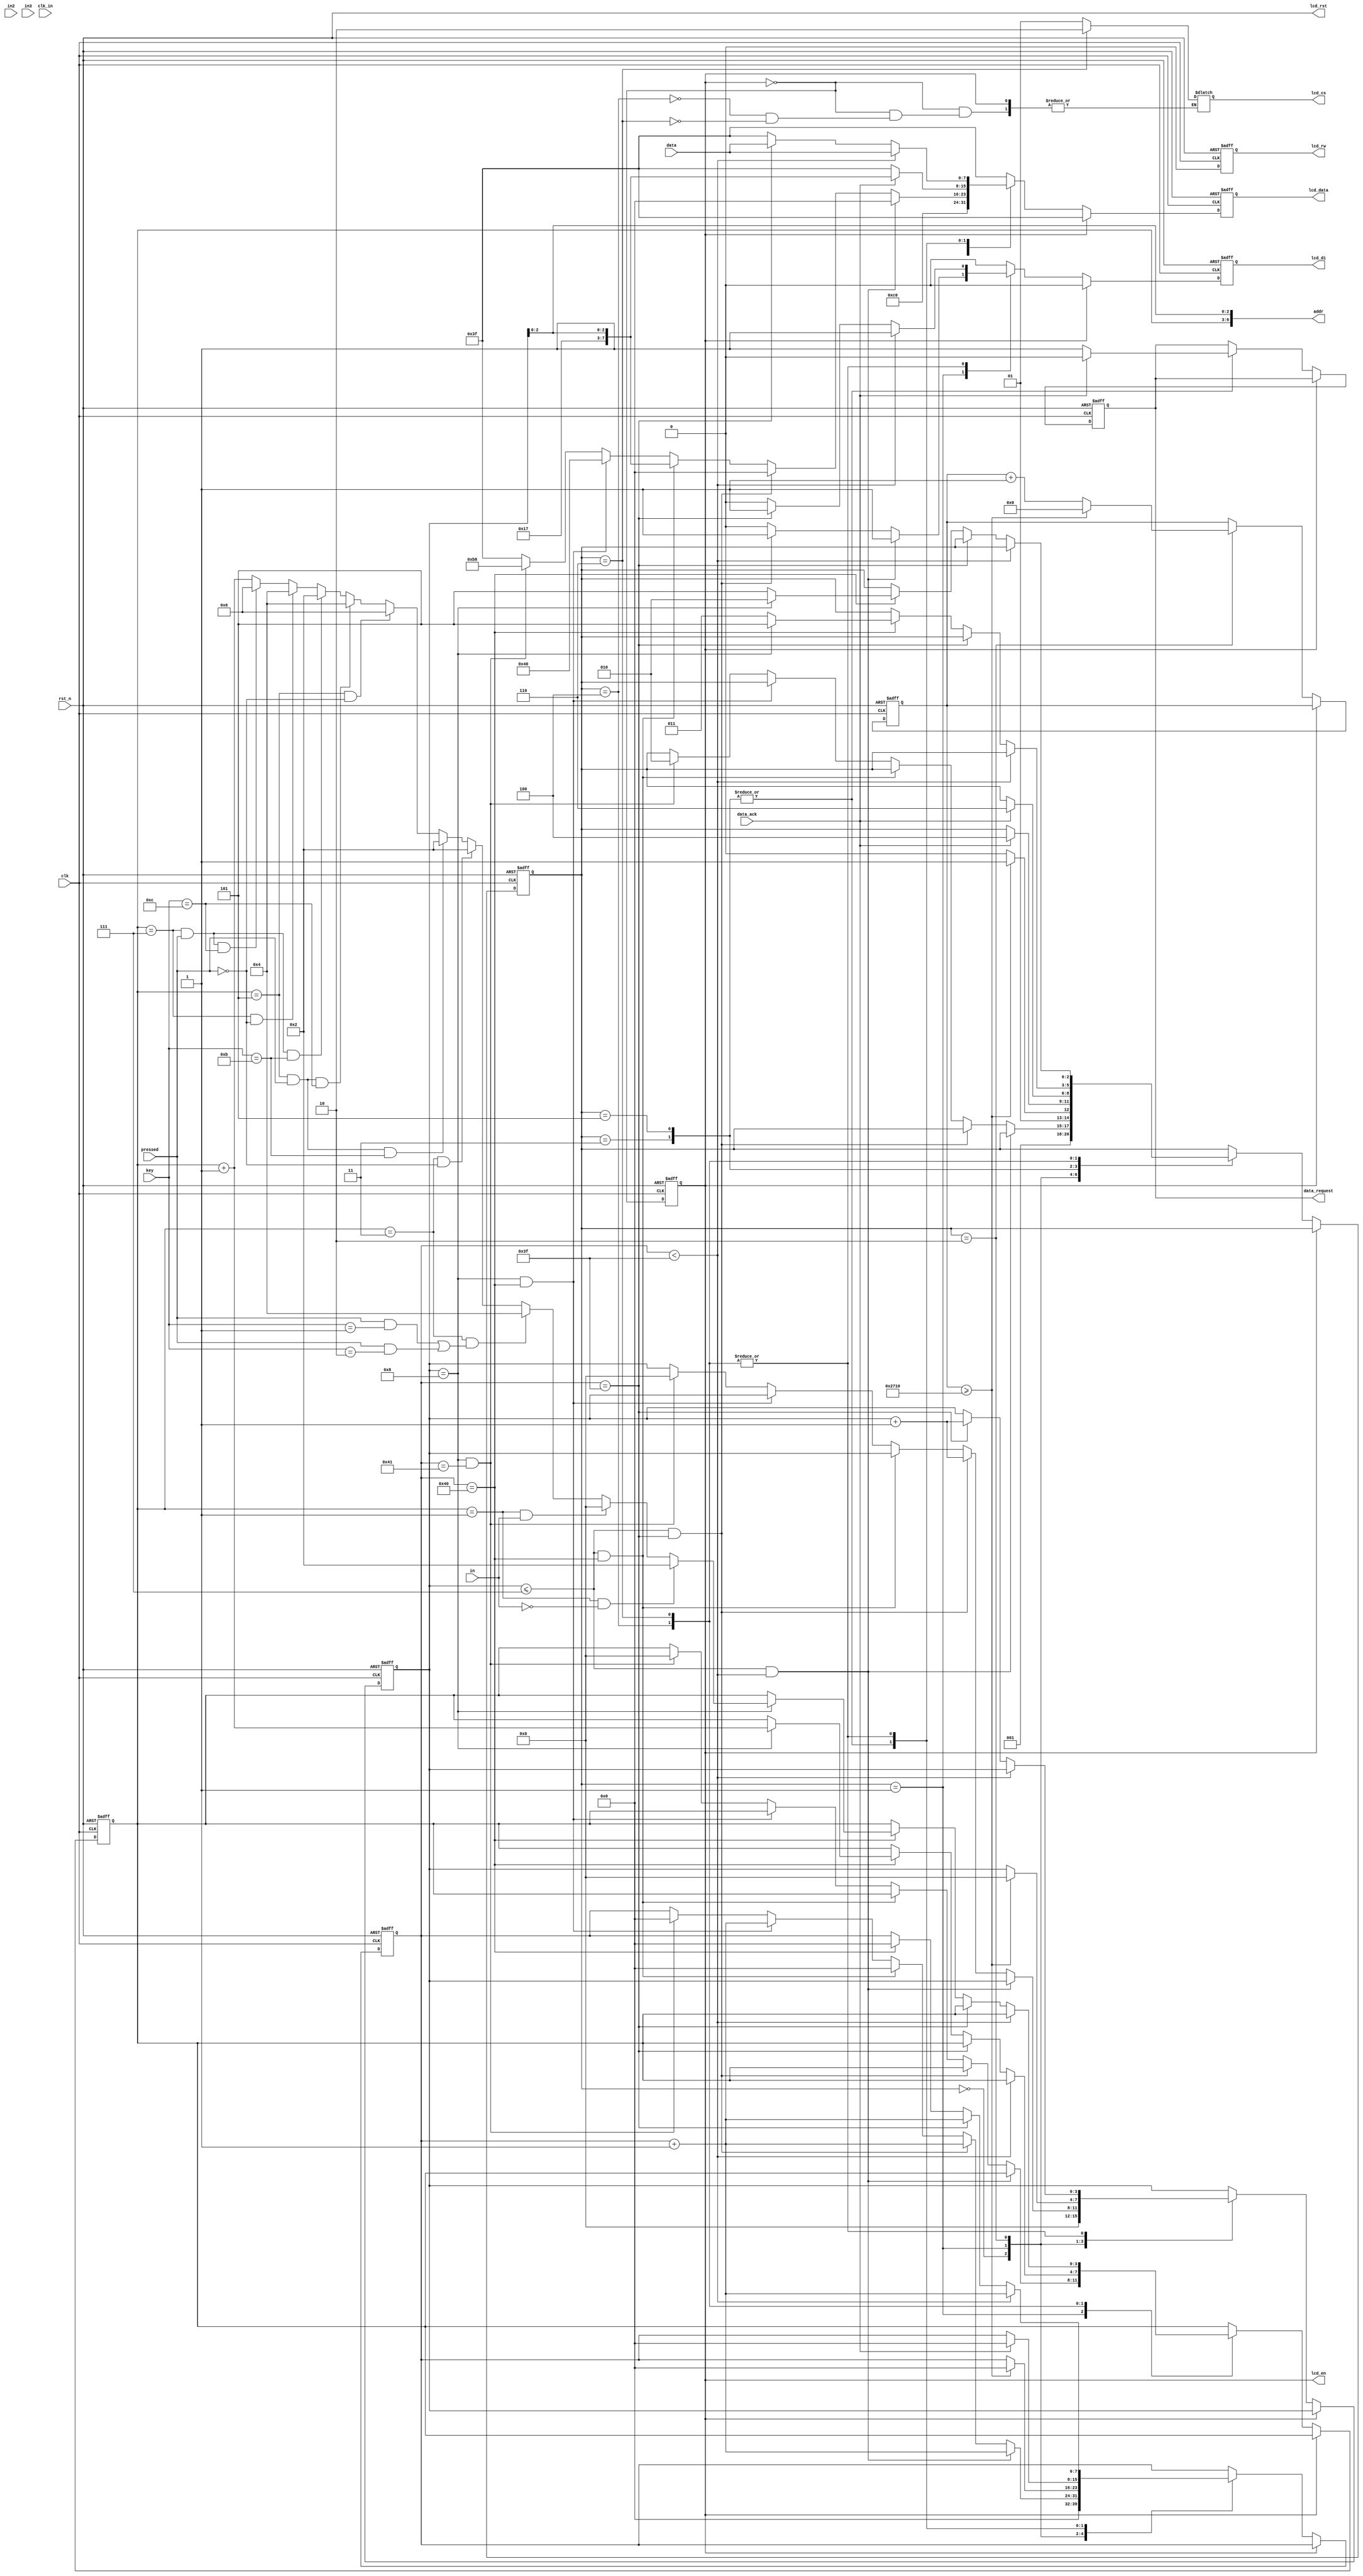
`define LCD_SET_DSL      10'b0_0_11000000
`define LCD_ERASE        10'b1_0_00000000
`define LCD_DISPLAY_IDLE 10'b0_0_00111111
`define INIT_LCD     3'b000
`define ERASE_LCD    3'b001
`define LCD_IDLE         3'b010
`define REQUEST_DATA_L 3'b011
`define READ_DATA_L    3'b100
`define REQUEST_DATA_R 3'b101
`define READ_DATA_R    3'b110
`define ENABLED  1'b1
`define DISABLED 1'b0

module lcd_ctrl(
  clk, // LCD controller clock
  rst_n, // active low reset
  data_ack, // data re-arrangement buffer ready indicator
  data, // byte data transfer from buffer
  lcd_di, // LCD data/instruction 
  lcd_rw, // LCD Read/Write
  lcd_en, // LCD enable
  lcd_rst, // LCD reset
  lcd_cs, // LCD frame select
  lcd_data, // LCD data
  addr, // Address for each picture
  data_request, // request for the memory data
  clk_in,
  in,
  in2,
  in3,
  key,
  pressed
);

input clk; // LCD controller clock
input rst_n; // active low reset
input data_ack; // data re-arrangement buffer ready indicator
input [7:0] data; // byte data transfer from buffer
input clk_in;
input in;
input in2;
input in3;
input [3:0]key;
input pressed;


output lcd_di; // LCD data/instruction 
output lcd_rw; // LCD Read/Write
output lcd_en; // LCD enable
output lcd_rst; // LCD reset
output [1:0] lcd_cs; // LCD frame select
output [7:0] lcd_data; // LCD data
output [6:0] addr; // Address for each picture
output data_request; // request for the memory data

reg lcd_di; // LCD data/instruction 
reg lcd_rw; // LCD Read/Write
reg [7:0] lcd_data; // LCD data
reg lcd_di_next; // LCD data/instruction 
reg lcd_rw_next; // LCD Read/Write
reg [7:0] lcd_data_next; // LCD data
reg data_request; // request for the memory data
reg data_request_next; // request for the memory data
reg lcd_en; // LCD enable
wire lcd_en_next; // LCD enable

reg [2:0] state; // FSM state definition
reg [2:0] state_next; // FSM state definition

reg [7:0] counter_y; // y counter
reg [7:0] counter_y_next; // y counter
reg [3:0] counter_page; // page counter
reg [3:0] counter_page_next; // page counter

reg [3:0] image; // image counter
reg [3:0] image_next; // image counter

reg [13:0] idle_counter; // idle time counter
reg [13:0] idle_counter_next; // idle time counter

reg [1:0]q;
reg [1:0]q_tmp;
reg ctl;

//reg [1:0]lcd_cs_next;
reg [1:0]lcd_cs;



assign addr = {image, counter_page[2:0]};
assign lcd_rst = rst_n;
//assign lcd_cs = 2'b11;
// Counter for the LCD
// counter_y: counter for the y axis
// counter_page: counter for the pages




// FSM for LCD
always @*
begin
//  set_lcd_value(`LCD_DISPLAY_IDLE,lcd_di_next,lcd_rw_next,lcd_data_next); 
  {lcd_di_next,lcd_rw_next,lcd_data_next} = `LCD_DISPLAY_IDLE;
  state_next = state;
  counter_page_next = counter_page;
  counter_y_next = counter_y;
  image_next = image;
  idle_counter_next = idle_counter;
  data_request_next = data_request;
  

  if (~lcd_en)
  begin
    case (state)
	 
      `INIT_LCD:
      begin
        {lcd_di_next,lcd_rw_next,lcd_data_next} = `LCD_SET_DSL;
        state_next = `ERASE_LCD;
        counter_y_next = 7'd0;
        counter_page_next = 4'd0;
      end
		
		
		
      `ERASE_LCD:
      begin
        if (counter_page<=4'd7 && counter_y<7'd63)
        begin
          {lcd_di_next,lcd_rw_next,lcd_data_next} = `LCD_ERASE;			 
          counter_y_next = counter_y + 1'b1;
        end // Erase first 63 bytes in same page
        else if (counter_page<=4'd7 && counter_y == 7'd63)
        begin
          {lcd_di_next,lcd_rw_next,lcd_data_next} = `LCD_ERASE;
          counter_y_next = counter_y + 1'b1;
          counter_page_next = counter_page + 1'b1;
        end // Erase last byte in page and prepare change to next page
        else if (counter_page<=4'd7 && counter_y == 7'd64)
        begin
          {lcd_di_next,lcd_rw_next,lcd_data_next} = {7'b0_0_10111, counter_page[2:0]};
          counter_y_next = 7'b0;
        end // change to next page for erasing
        else if (counter_page==4'd8 && counter_y==7'd64)
        begin
          {lcd_di_next,lcd_rw_next,lcd_data_next} = {4'b0_0_01, 6'b0};
          counter_y_next = counter_y + 1'b1;
        end // Set Y
        else if (counter_page==4'd8 && counter_y==7'd65)
        begin
          {lcd_di_next,lcd_rw_next,lcd_data_next} = {7'b0_0_10111, 3'd0};
          counter_y_next = 7'd0;
          counter_page_next = 4'b0;
          state_next = `LCD_IDLE;
          image_next = 4'd0;
        end // Set X
      end
		
		
      `LCD_IDLE:
      begin
        {lcd_di_next,lcd_rw_next,lcd_data_next} = `LCD_DISPLAY_IDLE;
        if (idle_counter >= 14'd10000)
        begin
          state_next = `REQUEST_DATA_L;
          idle_counter_next = 14'd0;
          counter_y_next = 7'd0;
          counter_page_next = 4'd0;
        end
        else
        begin
          state_next = `LCD_IDLE;
          idle_counter_next = idle_counter + 1'b1;
        end
      end
		
		
      `REQUEST_DATA_L:
      begin
        data_request_next = `ENABLED;
        if (data_ack == `ENABLED)
        begin
          state_next = `READ_DATA_L;
          data_request_next = `DISABLED;
          counter_y_next = 7'd0;
          {lcd_di_next,lcd_rw_next,lcd_data_next} = {7'b0_0_10111, counter_page[2:0]};
        end
      end
		
		`REQUEST_DATA_R:
      begin
        data_request_next = `ENABLED;
        if (data_ack == `ENABLED)
        begin
          state_next = `READ_DATA_R;
          data_request_next = `DISABLED;
          counter_y_next = 7'd0;
          {lcd_di_next,lcd_rw_next,lcd_data_next} = {7'b0_0_10111, counter_page[2:0]};
        end
      end
		
		
      `READ_DATA_L:
     begin	
			lcd_cs=2'b01;
        if (counter_y<7'd63)
         begin
          {lcd_di_next,lcd_rw_next,lcd_data_next} = {2'b1_0,data};
          counter_y_next = counter_y + 1'b1;
         end
        else if (counter_y==7'd63)
         begin
          {lcd_di_next,lcd_rw_next,lcd_data_next} = {2'b1_0,data};
          counter_y_next = counter_y + 1'b1;
          counter_page_next = counter_page + 1'b1;
         end
        else if (counter_y==7'd64)
         begin
          counter_y_next = 7'd0;
          if (counter_page==4'd8)
				begin
				 image_next = image + 1; // change to next image
				 state_next = `REQUEST_DATA_R;					
			   end
			else state_next = `REQUEST_DATA_L;
			end
         
      end
		
	  `READ_DATA_R:
     begin	
			lcd_cs=2'b10;
        if (counter_y<7'd63)
        begin
          {lcd_di_next,lcd_rw_next,lcd_data_next} = {2'b1_0,data};
          counter_y_next = counter_y + 1'b1;
        end
        else if (counter_y==7'd63)
        begin
          {lcd_di_next,lcd_rw_next,lcd_data_next} = {2'b1_0,data};
          counter_y_next = counter_y + 1'b1;
          counter_page_next = counter_page + 1'b1;
        end
        else if (counter_y==7'd64)
        begin
          counter_y_next = 7'd0;
          if (counter_page==4'd8)
				begin
				 if(image==4'd1 && ~in)
				 begin
					image_next = 4'd2; // change to next image
					state_next = `LCD_IDLE;
				 end
				 else if(image==4'd1 && in)
				 begin
					image_next = 4'd0; // change to next image
					state_next = `LCD_IDLE;
				 end
				 else if(image==4'd3 && (( pressed && key==4'd1 ) || ( pressed && key==4'd2 )))
				 begin
					image_next = 4'd4; // change to next image
					state_next = `LCD_IDLE;
				 end
				 else if(image==4'd3 && ~pressed)
				 begin
					image_next = 4'd2; // change to next image
					state_next = `LCD_IDLE;
				 end
				 else if(image==4'd5 && pressed && key==4'd11  )
				 begin
					image_next = 4'd2; // change to next image
					state_next = `LCD_IDLE;
				 end
				 else if(image==4'd5 && ~pressed)
				 begin
					image_next = 4'd6; // change to next image
					state_next = `LCD_IDLE;
				 end
				 else if(image==4'd5 && pressed && key==4'd12 )
				 begin
					image_next = 4'd4; // change to next image
					state_next = `LCD_IDLE;
				 end
				 else if(image==4'd7 && pressed && key==4'd11  )
				 begin
					image_next = 4'd2; // change to next image
					state_next = `LCD_IDLE;
				 end
				 else if(image==4'd7 && ~pressed)
				 begin
					image_next = 4'd4; // change to next image
					state_next = `LCD_IDLE;
				 end
				 else if(image==4'd7 && pressed && key==4'd12 )
				 begin
					image_next = 4'd6; // change to next image
					state_next = `LCD_IDLE;
				 end
				 else 
				 begin
				 image_next = image + 1; // change to next image
				 state_next = `LCD_IDLE;		
				 end
				end
          else
            state_next = `REQUEST_DATA_R;
        end
     end

    endcase
  end
end

always @(posedge clk or negedge rst_n)
  if (~rst_n)
  begin
    state <= 3'd0;
    counter_y <= 7'd0;
    counter_page <= 4'd0;
    image <= 4'd0;
    idle_counter <= 14'd0;
    data_request <= 1'b0;
    lcd_di <= 1'b0;
    lcd_rw <= 1'b0;
    lcd_data <= 8'd0;
    lcd_en <= 1'b0;
	 	 
  end
  else
  begin
    state <= state_next;
    counter_y <= counter_y_next;
    counter_page <= counter_page_next;
    image <= image_next;
    idle_counter <= idle_counter_next;
    data_request <= data_request_next;
    lcd_di <= lcd_di_next;
    lcd_rw <= lcd_rw_next;
    lcd_data <= lcd_data_next;
    lcd_en <= lcd_en_next;
	 	 
  end

assign lcd_en_next = ~lcd_en;


always@*
	if(q==2'd2)
	begin
		q_tmp=2'd0;
		ctl=1'b1;
	end
	else
	begin
		q_tmp = q + 2'd1;
		ctl=1'b0;
	end
		
always@(posedge clk_in or negedge rst_n)
	if(~rst_n)
		q<=2'd0;
	else if(rst_n && image==4'd8)
		q<=q_tmp;
	else
		q<=2'd0;
		
endmodule